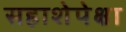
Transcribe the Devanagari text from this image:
सहाशेपेक्षा